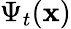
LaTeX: \Psi_{t}(\mathbf{x})